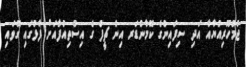
ޖުމްހޫރިއްޔާއާ އަދި ސިފައިންގެ ކޮމާންޑަރ އިން ޗީފް ގެ އިސްތިއުފާއަށް ފާޅުގައި ގޮވައި